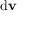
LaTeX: { \mathrm { d } } \mathbf { v }